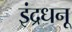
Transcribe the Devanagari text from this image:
इंद्रधनू